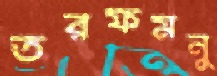
তরফমনু